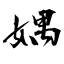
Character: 媀